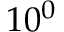
1 0 ^ { 0 }